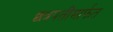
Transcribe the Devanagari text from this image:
छत्रपतींमार्फत